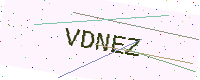
Text: VDNEZ